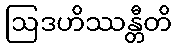
ဩဒဟိဿန္တီတိ